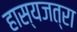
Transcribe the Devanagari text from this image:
हास्यजत्रा